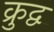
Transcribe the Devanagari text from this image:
क्रुद्व